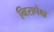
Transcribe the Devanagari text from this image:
निरापेक्ष